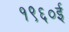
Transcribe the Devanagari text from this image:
१९६०ई